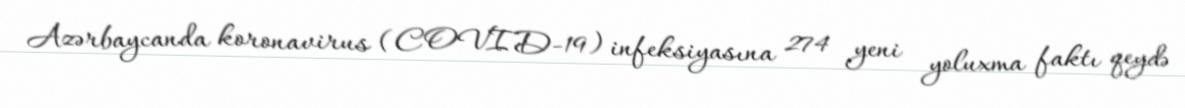
Azərbaycanda koronavirus (COVID-19) infeksiyasına 274 yeni yoluxma faktı qeydə